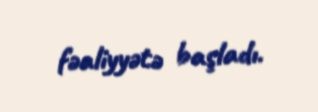
fəaliyyətə başladı.